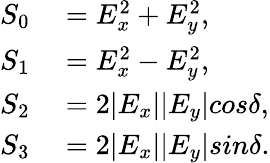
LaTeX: \begin{array}{rl}{S_{0}}&{{}=E_{x}^{2}+E_{y}^{2},}\\ {S_{1}}&{{}=E_{x}^{2}-E_{y}^{2},}\\ {S_{2}}&{{}=2|E_{x}||E_{y}|cos\delta,}\\ {S_{3}}&{{}=2|E_{x}||E_{y}|sin\delta.}\end{array}